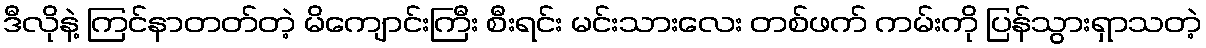
ဒီလိုနဲ့ ကြင်နာတတ်တဲ့ မိကျောင်းကြီး စီးရင်း မင်းသားလေး တစ်ဖက် ကမ်းကို ပြန်သွားရှာသတဲ့